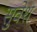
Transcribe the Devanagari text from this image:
सुवेश